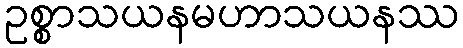
ဥစ္စာသယနမဟာသယနဿ